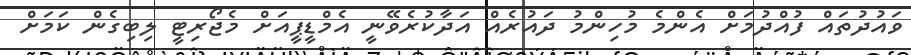
ވައުދުތައް ފުއްދުމަށް އެންމެ މުހިންމު ދައުރެއް އަދާކުރެވޭނީ އެމްޑީޕީއަށް މެޖޯރިޓީ ލިބިގެން ކަމަށް